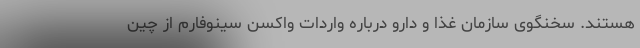
هستند. سخنگوی سازمان غذا و دارو درباره واردات واکسن سینوفارم از چین